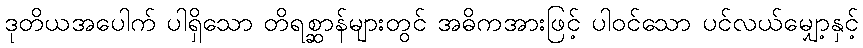
ဒုတိယအပေါက် ပါရှိသော တိရစ္ဆာန်များတွင် အဓိကအားဖြင့် ပါဝင်သော ပင်လယ်မျှော့နှင့်